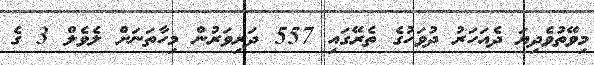
މިވޭތުވެދިޔަ ދެއަހަރު ދުވަހުގެ ތެރޭގައި 557 ދަރިވަރުން މިހާތަނަށް ލެވެލް 3 ގެ